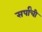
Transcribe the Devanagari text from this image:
सर्पांची